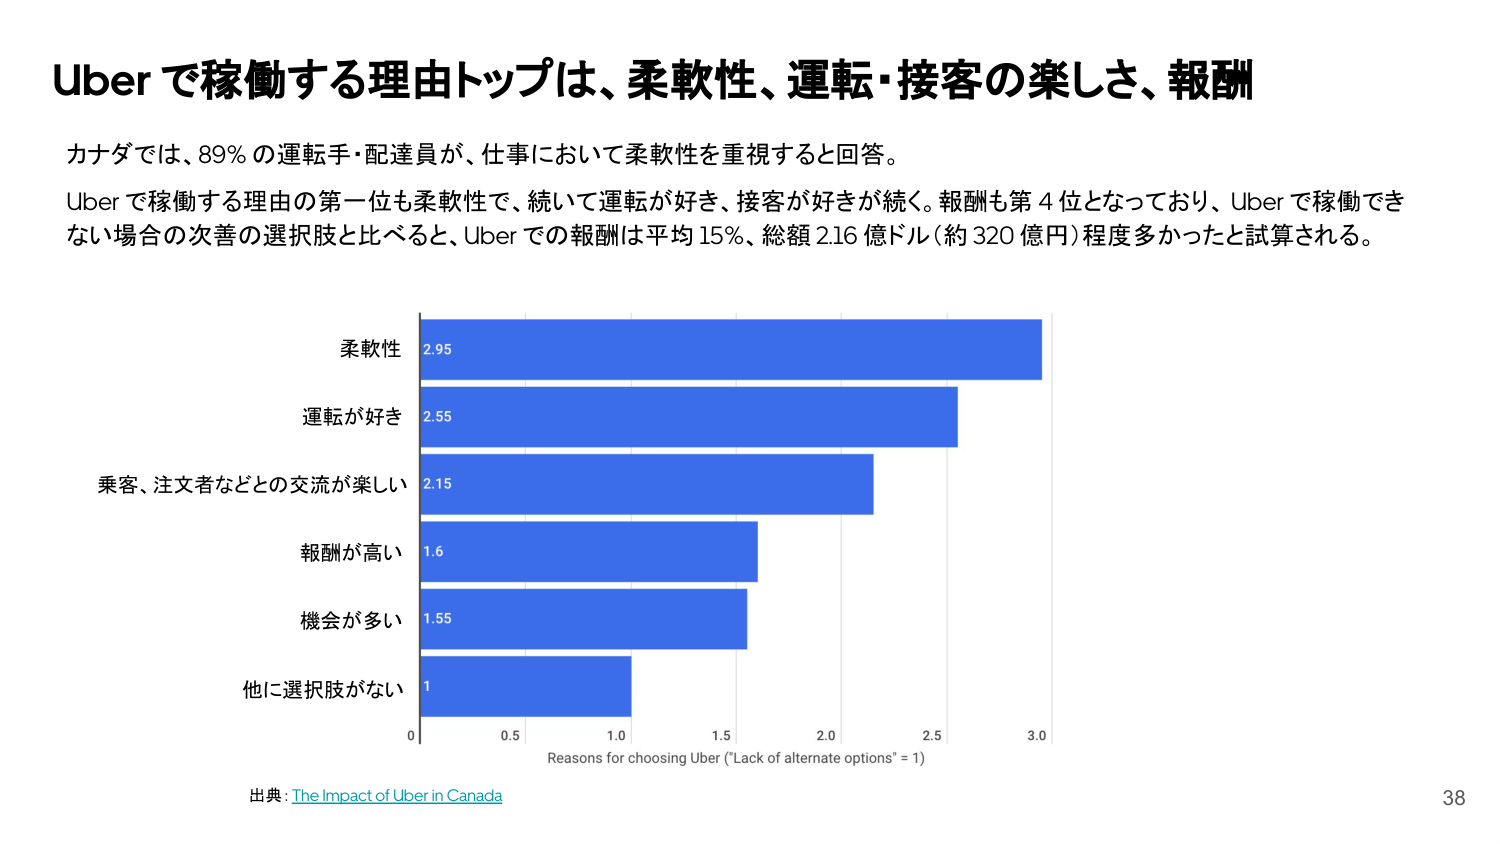
Uberで稼働する理由トップは、柔軟性、運転・接客の楽しさ、報酬

カナダでは、89％の運転手・配達員が、仕事において柔軟性を重視すると回答。

Uberで稼働する理由の第一位も柔軟性で、続いて運転が好き、接客が好きが続く。報酬も第4位となっており、Uberで稼働できない場合の次善の選択肢と比べると、Uberでの報酬は平均15％、総額2.16億ドル（約320億円）程度多かったと試算される。

柔軟性
2.95

運転が好き
2.55

乗客、注文者などとの交流が楽しい
2.15

報酬が高い
1.6

機会が多い
1.55

他に選択肢がない
1

0 0.5 1.0 1.5 2.0 2.5 3.0
Reasons for choosing Uber ("Lack of alternate options" = 1)

出典：The Impact of Uber in Canada

38